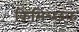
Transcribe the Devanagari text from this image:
किमिच्छक